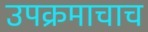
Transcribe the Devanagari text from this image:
उपक्रमाचाच